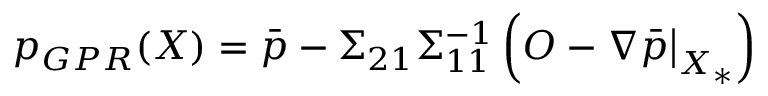
p _ { G P R } ( \boldsymbol { X } ) = \bar { p } - \Sigma _ { 2 1 } \Sigma _ { 1 1 } ^ { - 1 } \left( \boldsymbol { O } - \nabla \bar { p } \big | _ { \boldsymbol { X } _ { * } } \right)